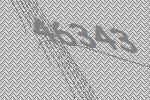
46343